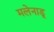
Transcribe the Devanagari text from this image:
मलेनाडू